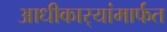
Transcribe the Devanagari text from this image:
आधीकार्‍यांमार्फत